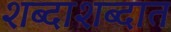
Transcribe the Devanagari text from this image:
शब्दाशब्दात